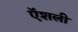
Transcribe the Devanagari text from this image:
ऍशली